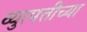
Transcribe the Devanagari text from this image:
व्युत्पत्तीच्या